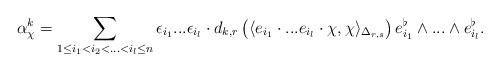
LaTeX: \begin{align*}\alpha_{\chi}^k = \sum_{1 \leq i_1 < i_2 <...<i_l \leq n} \epsilon_{i_1}...\epsilon_{i_l} \cdot d_{k,r} \left(\langle e_{i_1}\cdot...e_{i_l}\cdot \chi, \chi \rangle_{\Delta_{r,s}}\right) e^{\flat}_{i_1} \wedge...\wedge e^{\flat}_{i_l}. \end{align*}